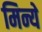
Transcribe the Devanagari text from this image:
मिन्ये